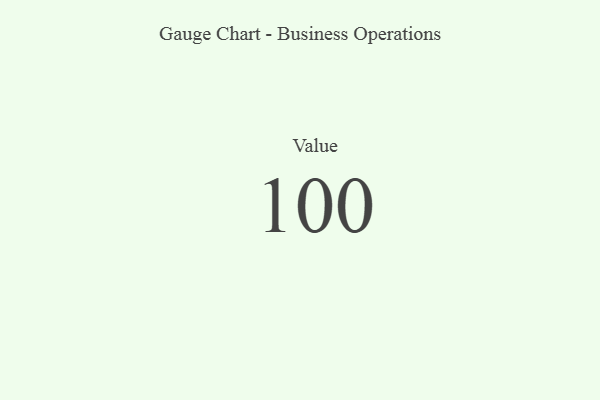
{"axis": {"x": "Metric", "y": "Value"}, "legend": [""], "data": [{"x": "Value", "y": 100, "type": ""}]}